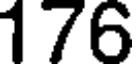
176